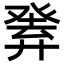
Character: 𤼴